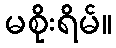
မစိုးရိမ်။